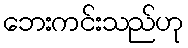
ဘေးကင်းသည်ဟု